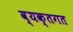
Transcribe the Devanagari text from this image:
व्यक्तगत